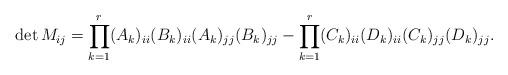
LaTeX: \begin{align*}\det M_{ij} = \prod_{k = 1}^r (A_k)_{ii}(B_k)_{ii}(A_k)_{jj}(B_k)_{jj} -\prod_{k = 1}^r (C_k)_{ii}(D_k)_{ii}(C_k)_{jj}(D_k)_{jj}. \end{align*}